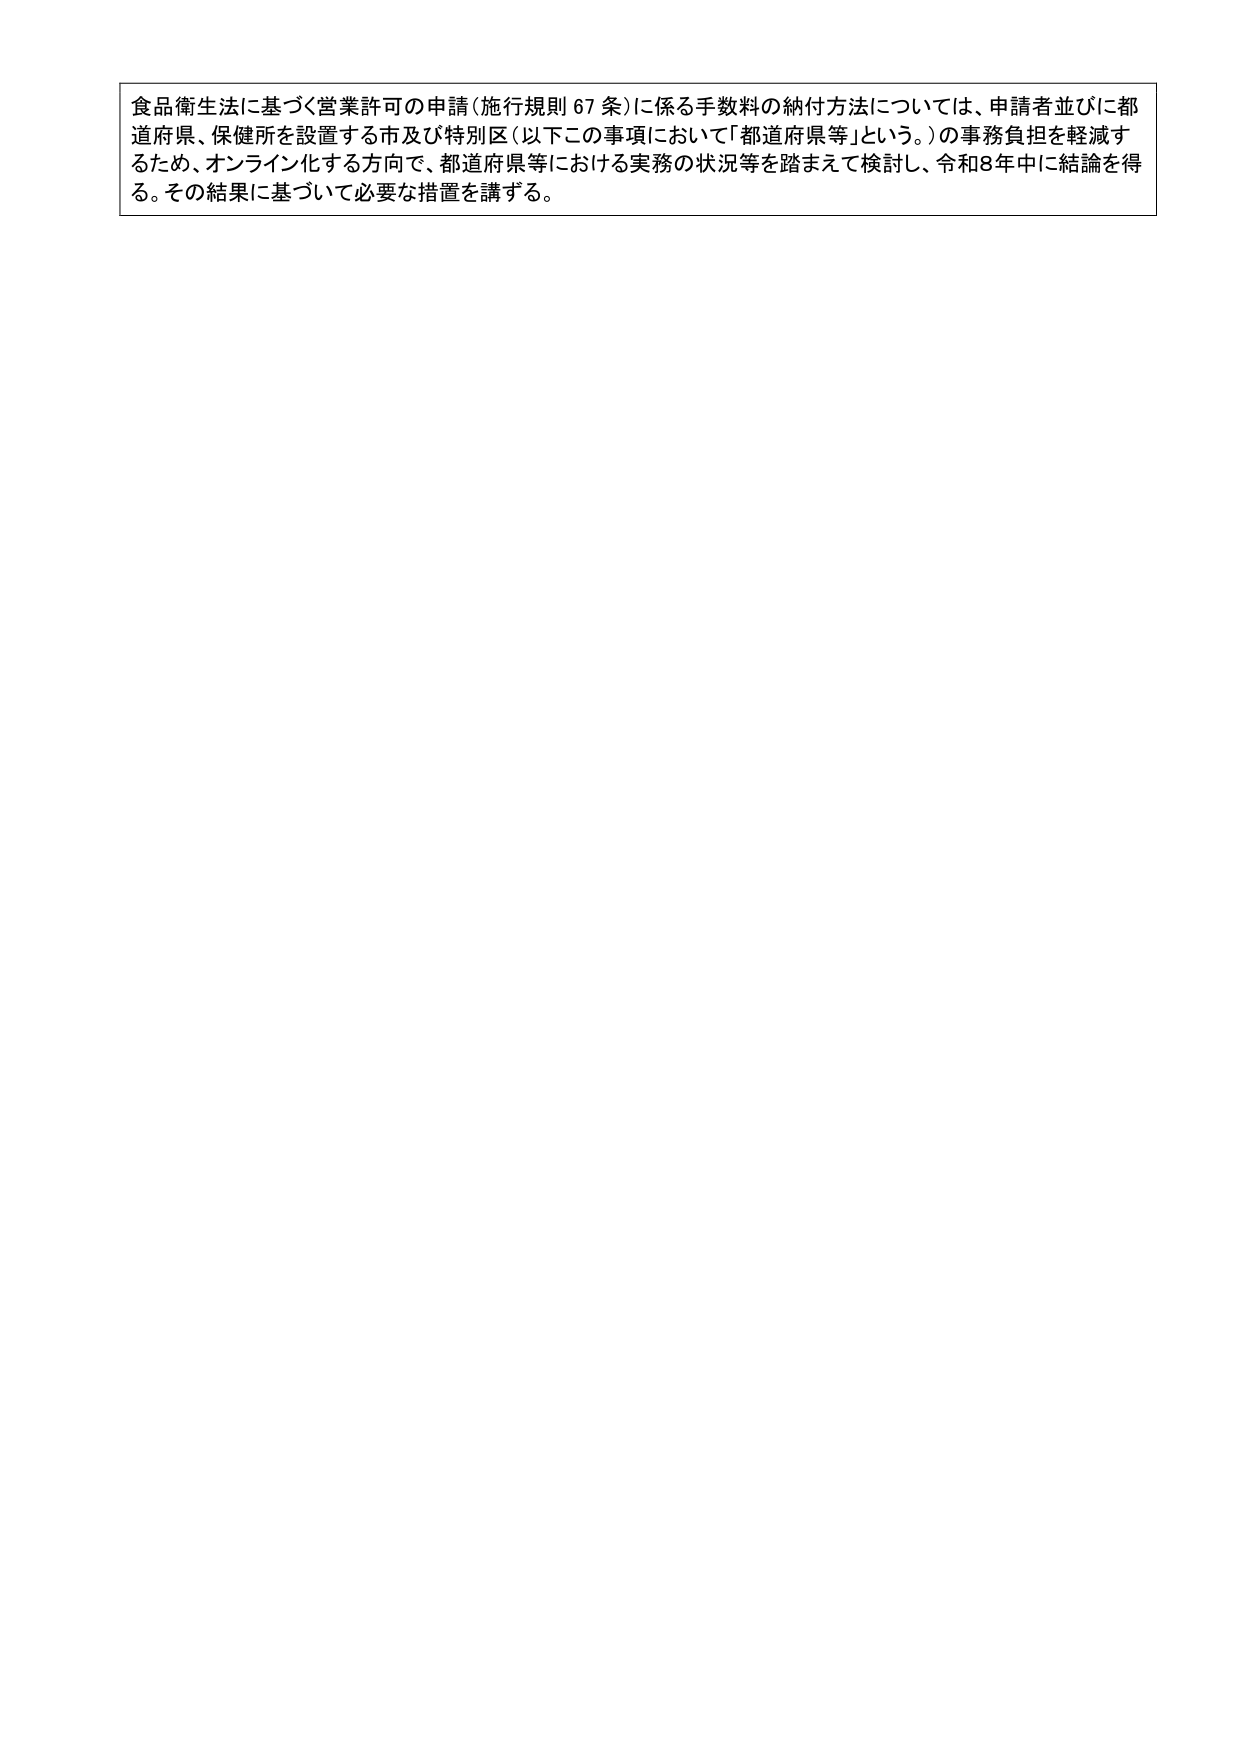
食品衛生法に基づく営業許可の申請（施行規則67条）に係る手数料の納付方法については、申請者並びに都道府県、保健所を設置する市及び特別区（以下この事項において「都道府県等」という。）の事務負担を軽減するため、オンライン化する方向で、都道府県等における実務の状況等を踏まえて検討し、令和8年中に結論を得る。その結果に基づいて必要な措置を講ずる。